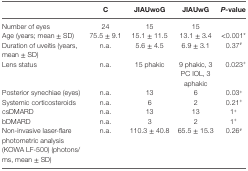
|  | C | JIAUwoG | JIAUwG | P-value |
 | --- | --- | --- | --- | --- |
 | Number of eyes | 24 | 15 | 15 |  |
 | Age (years; mean ± SD) | 75.5 ± 9.1 | 15.1 ± 11.5 | 13.1 ± 3.4 | <0.001* |
 | Duration of uveitis (years, mean ± SD) | n.a. | 5.6 ± 4.5 | 6.9 ± 3.1 | 0.37# |
 | Lens status | n.a. | 15 phakic | 9 phakic, 3 PC IOL, 3 aphakic | 0.023+ |
 | Posterior synechiae (eyes) | n.a. | 13 | 6 | 0.03+ |
 | Systemic corticosteroids | n.a. | 6 | 2 | 0.21+ |
 | csDMARD | n.a. | 13 | 13 | 1+ |
 | bDMARD | n.a. | 3 | 2 | 1+ |
 | Non-invasive laser-flare photometric analysis (KOWA LF-500) (photons/ms, mean ± SD) | n.a. | 110.3 ± 40.8 | 65.5 ± 15.3 | 0.26# |